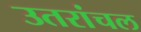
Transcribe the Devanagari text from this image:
उतरांचल